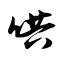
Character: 哄